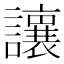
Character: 𫟝